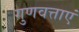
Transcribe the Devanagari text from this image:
गुणवत्ताएं